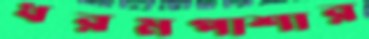
ধরমপাশার